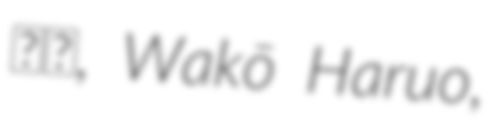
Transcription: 晴生, Wakō Haruo,